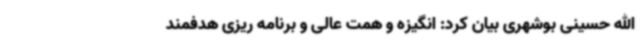
الله حسینی بوشهری بیان کرد: انگیزه و همت عالی و برنامه ریزی هدفمند